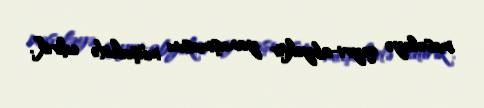
məsələyə qeyri-obyektiv yanaşmasını müşahidə edirik”.